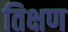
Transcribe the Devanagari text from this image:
तिक्षण